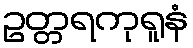
ဥတ္တရကုရူနံ